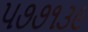
૫૭૭૧૩૯